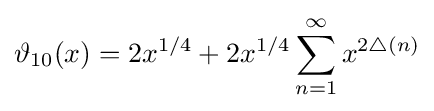
\vartheta _{10}(x)=2x^{1/4}+2x^{1/4}\sum _{n=1}^{\infty }x^{2\bigtriangleup (n)}